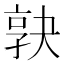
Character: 𡥹